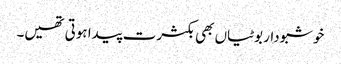
خوشبودار بوٹیاں بھی بکثرت پیدا ہوتی تھیں۔